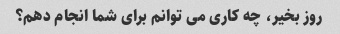
روز بخیر، چه کاری می توانم برای شما انجام دهم؟